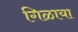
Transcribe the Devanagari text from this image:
गिळाया